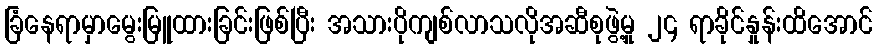
ခြံနေရာမှာမွေးမြူထားခြင်းဖြစ်ပြီး အသားပိုကျစ်လာသလိုအဆီစုဖွဲ့မှု ၂၄ ရာခိုင်နှုန်းထိအောင်